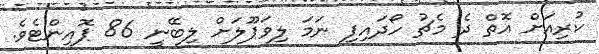
ކުރިއަށް އޮތް ދެ މެޗު ހޯދައިފި ނަމަ ލިވަޕޫލަށް ލިބޭނީ 86 ޕޮއިންޓެވެ.